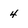
Character: 4